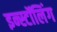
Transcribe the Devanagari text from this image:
इन्स्टॉलिंग